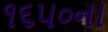
૧૬૫૦ના